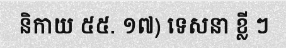
និកាយ ៥៥. ១៧) ទេសនា ខ្លី ៗ